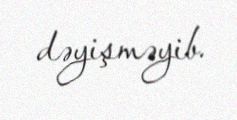
dəyişməyib.